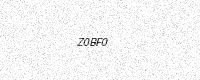
Text: Z0BF0